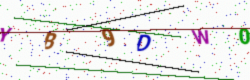
Text: YB9DW0